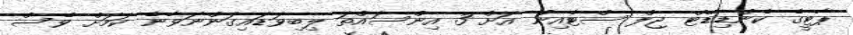
ޕާޓީގެ ކެންޑިޑޭޓް ޖިލް ސްޓެއިން އަށް 3 އިންސައްތަ ލިިބިވަޑައިގަންނަވާނެ ކަމަށް ވެސް